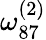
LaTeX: \omega_{87}^{(2)}